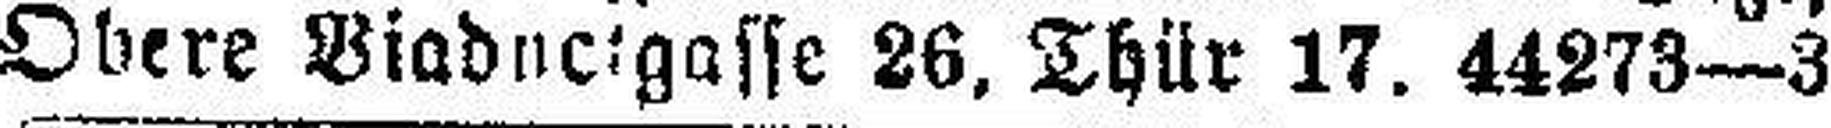
Obere Biaductgasse 26, Thür 17. 44273—3